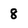
Character: 8